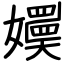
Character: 嬽